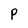
Character: P